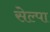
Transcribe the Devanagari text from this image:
सेल्पा